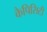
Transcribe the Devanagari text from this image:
कैपिसिटी